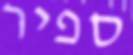
ספיר